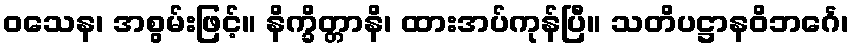
ဝသေန၊ အစွမ်းဖြင့်။ နိက္ခိတ္တာနိ၊ ထားအပ်ကုန်ပြီ။ သတိပဋ္ဌာနဝိဘင်္ဂေ၊